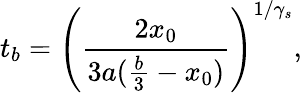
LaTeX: t_{b}=\left(\frac{2x_{0}}{3a(\frac{b}{3}-x_{0})}\right)^{1/\gamma_{s}},